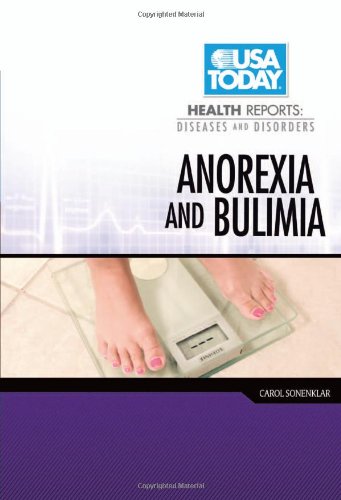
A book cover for Anorexia and Bulimia (USA Today Health Reports: Diseases and Disorders); Carol Sonenklar; Health, Fitness & Dieting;